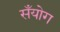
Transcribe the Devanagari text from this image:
सँयोग